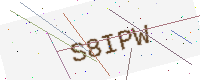
Text: S8IPW